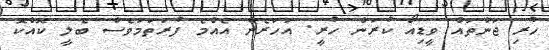
ހުރި ޖަންތައް ވީޑިއޯ ކުރަން ހުރީ. އަހަރެން އެއްމެ ފުރަތަމަވެސް ބެލީ ކޮއްކޮ